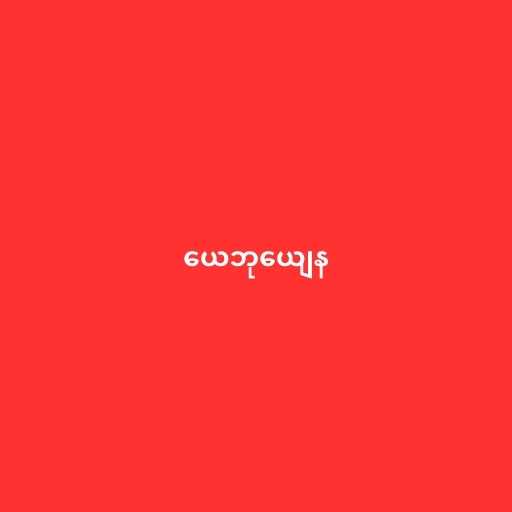
ယေဘုယျေန